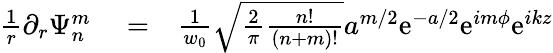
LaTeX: \begin{array}{rlr}{\frac{1}{r}\partial_{r}\Psi_{n}^{m}}&{{}=}&{\frac{1}{w_{0}}\sqrt{\frac{2}{\pi}\frac{n!}{(n+m)!}}a^{m/2}\mathrm{e}^{-a/2}\mathrm{e}^{im\phi}\mathrm{e}^{ikz}}\end{array}